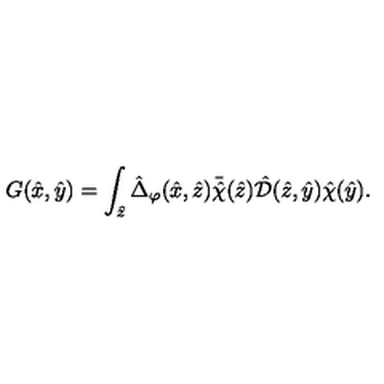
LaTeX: G ( { \hat { x } } , { \hat { y } } ) = \int _ { { \hat { z } } } { \hat { \Delta } } _ { \varphi } ( { \hat { x } } , \hat { z } ) { \bar { \hat { \chi } } } ( { \hat { z } } ) { \hat { \mathcal D } } ( { \hat { z } } , { \hat { y } } ) { \hat { \chi } } ( { \hat { y } } ) .